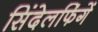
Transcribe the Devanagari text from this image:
सिंदेलफिंगें